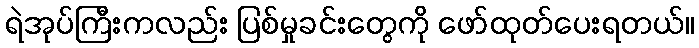
ရဲအုပ်ကြီးကလည်း ပြစ်မှုခင်းတွေကို ဖော်ထုတ်ပေးရတယ်။